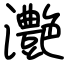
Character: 灔